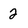
Character: 2